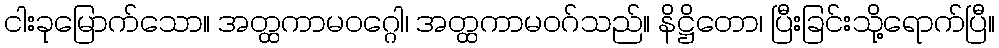
ငါးခုမြောက်သော။ အတ္ထကာမဝဂ္ဂေါ၊ အတ္ထကာမဝဂ်သည်။ နိဋ္ဌိတော၊ ပြီးခြင်းသို့ရောက်ပြီ။